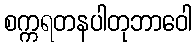
စက္ကရတနပါတုဘာဝေါ